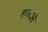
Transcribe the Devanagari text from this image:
वाळ्वले